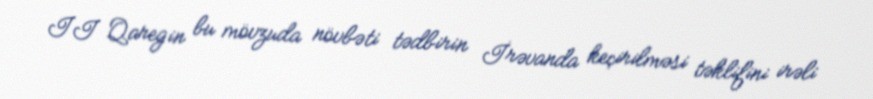
II Qaregin bu mövzuda növbəti tədbirin İrəvanda keçirilməsi təklifini irəli